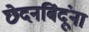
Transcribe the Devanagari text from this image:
छेदनबिंदूंना